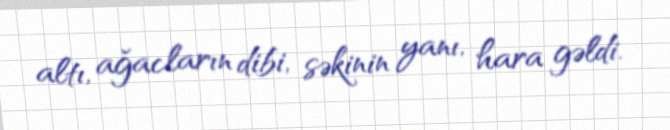
altı, ağacların dibi, səkinin yanı, hara gəldi.